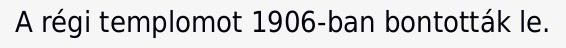
A régi templomot 1906-ban bontották le.